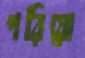
পরিয়ো